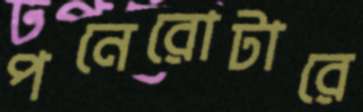
পনেরোটারে